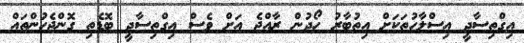
އިގްތިސާދީ އިސްލާހުތަކަށް އިތުބާރު ހޯދުން ރާއްޖެ އަށް ވެސް އިގްތިސާދީ ބޮޑެތި ގޮންޖެހުންތައް